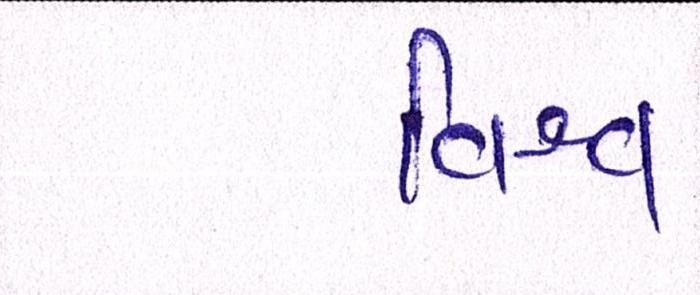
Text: વિશ્વ